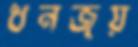
ধনজয়